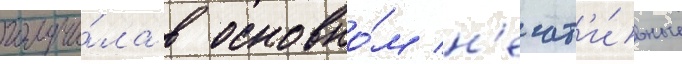
получи́ла в основно́м н'егат'и́вные